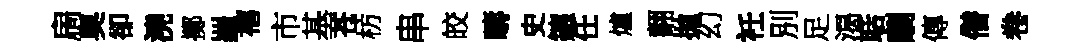
扄奥卻澆擲羅禧市基苍枋串皎疇史鑣任爐翿拋幻衽別足渴聒劘傳僣卷